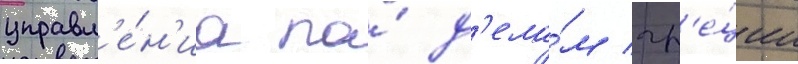
управл'е́н'иа по́ д'ела́м гр'е́ции